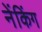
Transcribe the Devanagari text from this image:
नेंकिंग